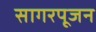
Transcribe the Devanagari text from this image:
सागरपूजन